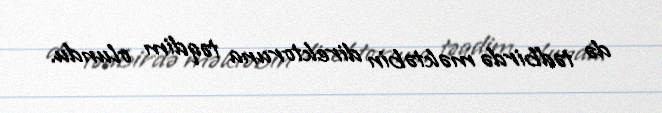
də tədbirdə məktəbin direktoruna təqdim olundu.